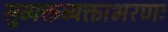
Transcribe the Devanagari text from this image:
सुव्यक्तव्यक्ताभरणः